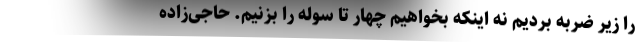
را زیر ضربه بردیم نه اینکه بخواهیم چهار تا سوله را بزنیم. حاجی‌زاده